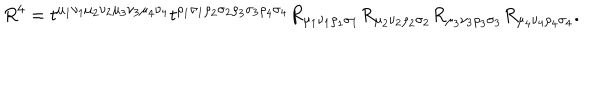
LaTeX: R ^ { 4 } = t ^ { \mu _ { 1 } \nu _ { 1 } \mu _ { 2 } \nu _ { 2 } \mu _ { 3 } \nu _ { 3 } \mu _ { 4 } \nu _ { 4 } } t ^ { \rho _ { 1 } \sigma _ { 1 } \rho _ { 2 } \sigma _ { 2 } \rho _ { 3 } \sigma _ { 3 } \rho _ { 4 } \sigma _ { 4 } } R _ { \mu _ { 1 } \nu _ { 1 } \rho _ { 1 } \sigma _ { 1 } } R _ { \mu _ { 2 } \nu _ { 2 } \rho _ { 2 } \sigma _ { 2 } } R _ { \mu _ { 3 } \nu _ { 3 } \rho _ { 3 } \sigma _ { 3 } } R _ { \mu _ { 4 } \nu _ { 4 } \rho _ { 4 } \sigma _ { 4 } } .